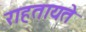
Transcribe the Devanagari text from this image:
राहतायते